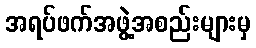
အရပ်ဖက်အဖွဲ့အစည်းများမှ